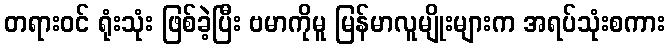
တရားဝင် ရုံးသုံး ဖြစ်ခဲ့ပြီး ဗမာကိုမူ မြန်မာလူမျိုးများက အရပ်သုံးစကား